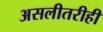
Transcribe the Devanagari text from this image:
असलीतरीही